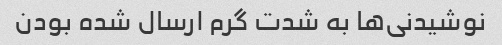
نوشیدنی‌ها به شدت گرم ارسال شده بودن